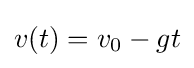
v(t)=v_{0}-gt